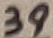
Text: 39